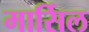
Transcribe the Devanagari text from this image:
मार्सिल